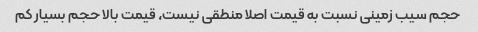
حجم سیب زمینی نسبت به قیمت اصلا منطقی نیست، قیمت بالا حجم بسیار کم